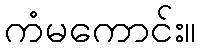
ကံမကောင်း။